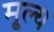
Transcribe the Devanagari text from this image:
मू्ल्य